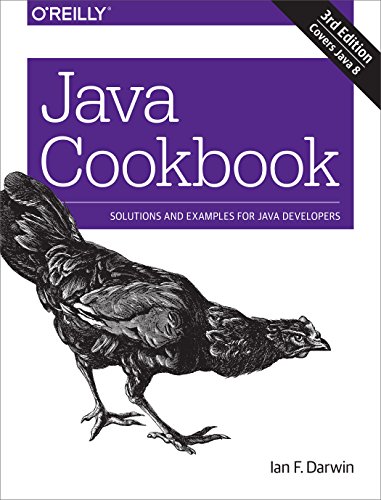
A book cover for Java Cookbook; Ian F. Darwin; Computers & Technology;